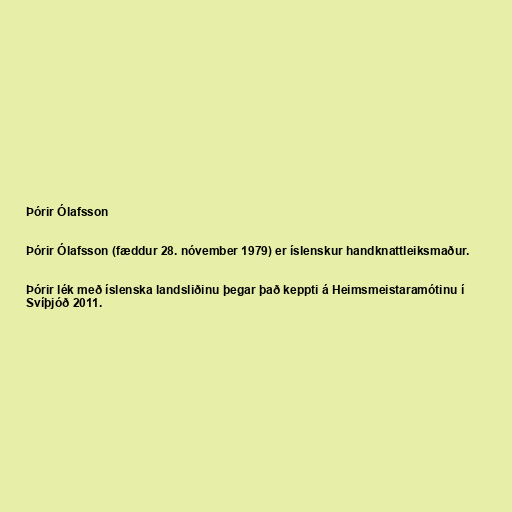
Þórir Ólafsson

Þórir Ólafsson (fæddur 28. nóvember 1979) er íslenskur handknattleiksmaður.

Þórir lék með íslenska landsliðinu þegar það keppti á Heimsmeistaramótinu í
Svíþjóð 2011.